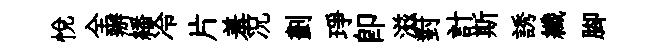
悅全辦繙冷片羞况劃琤即滋對計斯誘纖腳